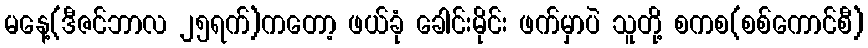
မနေ့(ဒီဇင်ဘာလ ၂၅ရက်)ကတော့ ဖယ်ခုံ ခေါင်းမိုင်း ဖက်မှာပဲ သူတို့ စကစ(စစ်ကောင်စီ)